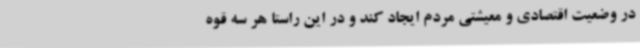
در وضعیت اقتصادی و معیشتی مردم ایجاد کند و در این راستا هر سه قوه